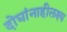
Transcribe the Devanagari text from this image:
दोघांनाहीलक्ष्य